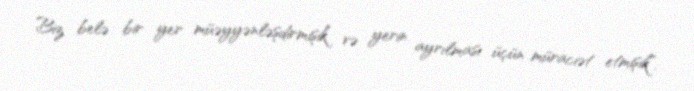
Biz belə bir yer müəyyənləşdirmişik və yerin ayrılması üçün müraciət etmişik”.